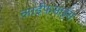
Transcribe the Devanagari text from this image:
लाईफसाईंस